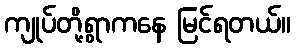
ကျုပ်တို့ရွာကနေ မြင်ရတယ်။